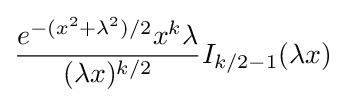
{\frac {e^{-(x^{2}+\lambda ^{2})/2}x^{k}\lambda }{(\lambda x)^{k/2}}}I_{k/2-1}(\lambda x)